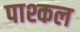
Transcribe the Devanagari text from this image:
पाश्कल